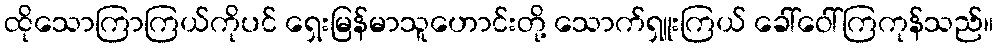
ထိုသောကြာကြယ်ကိုပင် ရှေးမြန်မာသူဟောင်းတို့ သောက်ရှူးကြယ် ခေါ်ဝေါ်ကြကုန်သည်။